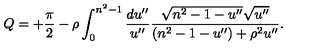
Q = + { \frac { \pi } { 2 } } - \rho \int _ { 0 } ^ { n ^ { 2 } - 1 } { \frac { d u ^ { \prime \prime } } { u ^ { \prime \prime } } } { \frac { \sqrt { n ^ { 2 } - 1 - u ^ { \prime \prime } } \sqrt { u ^ { \prime \prime } } } { ( n ^ { 2 } - 1 - u ^ { \prime \prime } ) + \rho ^ { 2 } u ^ { \prime \prime } } } .